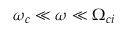
\omega _ { c } \ll \omega \ll \Omega _ { c i }